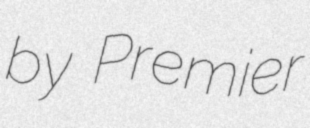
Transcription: by Premier